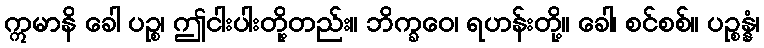
ဣမာနိ ခေါ ပဉ္စ၊ ဤငါးပါးတို့တည်း။ ဘိက္ခဝေ၊ ရဟန်းတို့။ ခေါ၊ စင်စစ်။ ပဉ္စန္နံ၊